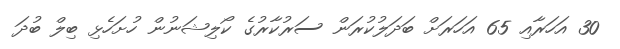
30 އަހަރާއި 65 އަހަރަށް ބަދަލުކުރަން ސަރުކާރުގެ ކޯލިޝަނުން ހުށަހެޅި ބިލް ބުދަ